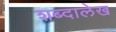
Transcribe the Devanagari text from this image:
शब्दालेख